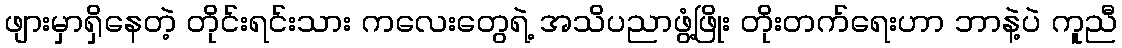
ဖျားမှာရှိနေတဲ့ တိုင်းရင်းသား ကလေးတွေရဲ့ အသိပညာဖွံ့ဖြိုး တိုးတက်ရေးဟာ ဘာနဲ့ပဲ ကူညီ